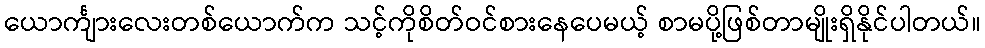
ယောင်္ကျားလေးတစ်ယောက်က သင့်ကိုစိတ်ဝင်စားနေပေမယ့် စာမပို့ဖြစ်တာမျိုးရှိနိုင်ပါတယ်။